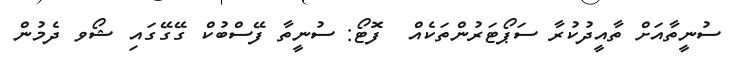
ސުނީތާއަށް ތާއީދުކުރާ ސަޕޯޓަރުންތަކެއް  ފޮޓޯ: ސުނީތާ ފޭސްބުކް ގޭގޭގައި ޝޯވ ދެމުން